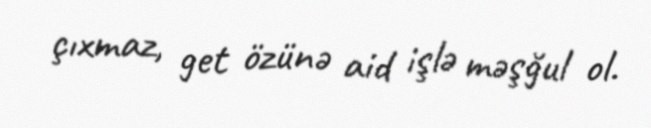
çıxmaz, get özünə aid işlə məşğul ol.